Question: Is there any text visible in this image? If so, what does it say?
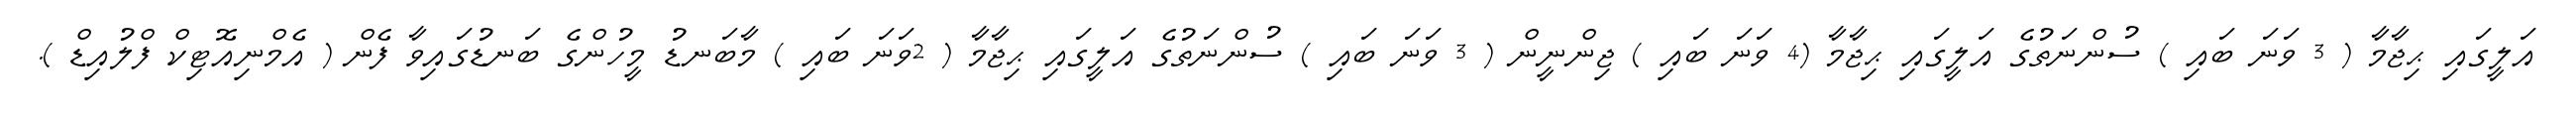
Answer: އަލީގައި ޙިޖާމާ ( 3 ވަނަ ބައި ) ސުންނަތުގެ އަލީގައި ޙިޖާމާ (4 ވަނަ ބައި ) ޖިންނީން ( 3 ވަނަ ބައި ) ސުންނަތުގެ އަލީގައި ޙިޖާމާ ( 2ވަނަ ބައި ) މާބަނޑު މީހުންގެ ބަނޑުގައިވާ ފެން ( އެމްނިއޮޓިކް ފްލުއިޑް ).